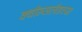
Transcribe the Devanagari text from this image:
क्वीन्सलँडच्या